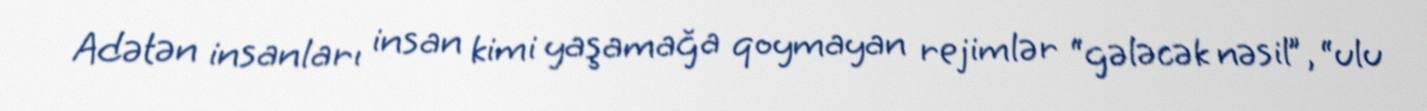
Adətən insanları insan kimi yaşamağa qoymayan rejimlər “gələcək nəsil”, “ulu